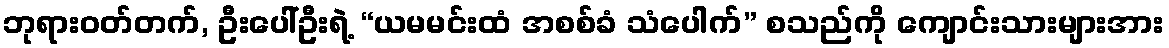
ဘုရားဝတ်တက်, ဦးပေါ်ဦးရဲ့ “ယမမင်းထံ အစစ်ခံ သံပေါက်” စသည်ကို ကျောင်းသားများအား